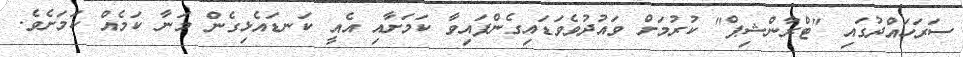
ސަރަހައްދުގައި "ޓްރާންޝިޕް" ކުރުމަށް ވައުދުވެވަޑައިގެންފައިވާ ކަމަށާއި އެއީ ކަނޑައެޅިގެން މަނާ ކަމެއް ކަމަށެވެ.